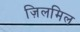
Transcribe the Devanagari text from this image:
ज़िलमिल